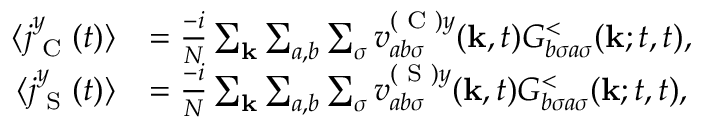
\begin{array} { r l } { \langle j _ { \textrm { C } } ^ { y } ( t ) \rangle } & { = \frac { - i } { N } \sum _ { \mathbf { k } } \sum _ { a , b } \sum _ { \sigma } v _ { a b \sigma } ^ { ( \textrm { C } ) y } ( \mathbf { k } , t ) G _ { b \sigma a \sigma } ^ { < } ( \mathbf { k } ; t , t ) , } \\ { \langle j _ { \textrm { S } } ^ { y } ( t ) \rangle } & { = \frac { - i } { N } \sum _ { \mathbf { k } } \sum _ { a , b } \sum _ { \sigma } v _ { a b \sigma } ^ { ( \textrm { S } ) y } ( \mathbf { k } , t ) G _ { b \sigma a \sigma } ^ { < } ( \mathbf { k } ; t , t ) , } \end{array}